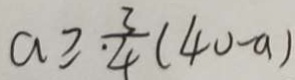
a \geq \frac { 3 } { 4 } ( 4 0 - a )